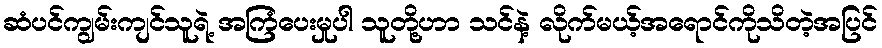
ဆံပင်ကျွမ်းကျင်သူရဲ့ အကြံပေးမှုပါ သူတို့ဟာ သင်နဲ့ လိုက်မယ့်အရောင်ကိုသိတဲ့အပြင်